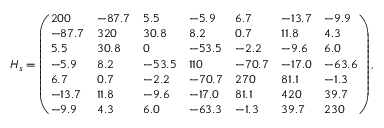
H _ { s } = \left( \begin{array} { l l l l l l l } { 2 0 0 } & { - 8 7 . 7 } & { 5 . 5 } & { - 5 . 9 } & { 6 . 7 } & { - 1 3 . 7 } & { - 9 . 9 } \\ { - 8 7 . 7 } & { 3 2 0 } & { 3 0 . 8 } & { 8 . 2 } & { 0 . 7 } & { 1 1 . 8 } & { 4 . 3 } \\ { 5 . 5 } & { 3 0 . 8 } & { 0 } & { - 5 3 . 5 } & { - 2 . 2 } & { - 9 . 6 } & { 6 . 0 } \\ { - 5 . 9 } & { 8 . 2 } & { - 5 3 . 5 } & { 1 1 0 } & { - 7 0 . 7 } & { - 1 7 . 0 } & { - 6 3 . 6 } \\ { 6 . 7 } & { 0 . 7 } & { - 2 . 2 } & { - 7 0 . 7 } & { 2 7 0 } & { 8 1 . 1 } & { - 1 . 3 } \\ { - 1 3 . 7 } & { 1 1 . 8 } & { - 9 . 6 } & { - 1 7 . 0 } & { 8 1 . 1 } & { 4 2 0 } & { 3 9 . 7 } \\ { - 9 . 9 } & { 4 . 3 } & { 6 . 0 } & { - 6 3 . 3 } & { - 1 . 3 } & { 3 9 . 7 } & { 2 3 0 } \end{array} \right) ,